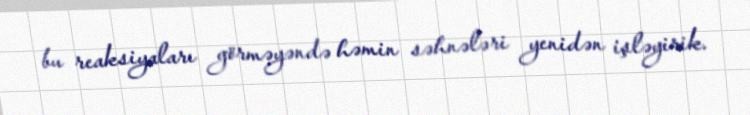
bu reaksiyaları görməyəndə həmin səhnələri yenidən işləyirik.